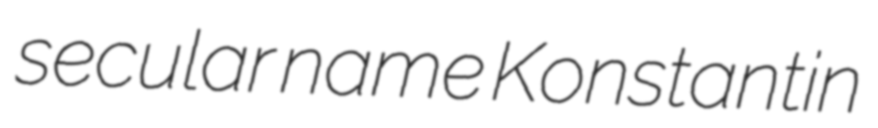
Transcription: secular name Konstantin